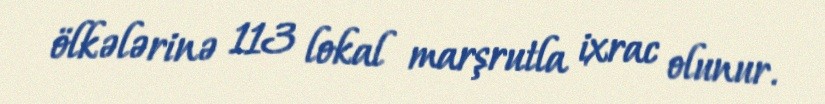
ölkələrinə 113 lokal marşrutla ixrac olunur.